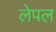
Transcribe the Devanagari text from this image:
लेपल